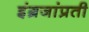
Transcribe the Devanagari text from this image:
इंग्रजांप्रती